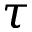
\tau